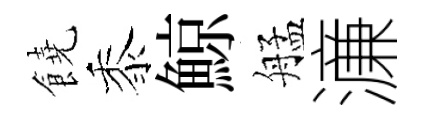
饒黍鯨艋濓